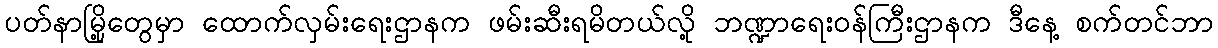
ပတ်နာမြို့တွေမှာ ထောက်လှမ်းရေးဌာနက ဖမ်းဆီးရမိတယ်လို့ ဘဏ္ဍာရေးဝန်ကြီးဌာနက ဒီနေ့ စက်တင်ဘာ